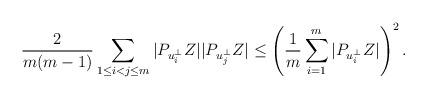
LaTeX: \begin{align*}\frac{2}{m(m-1)}\sum_{1\le i<j\le m}|P_{u_i^\bot}Z||P_{u_j^\bot}Z|\le\left(\frac{1}{m}\sum_{i=1}^m|P_{u_i^\bot}Z|\right)^2.\end{align*}